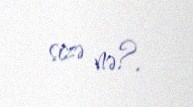
sizə nə?.